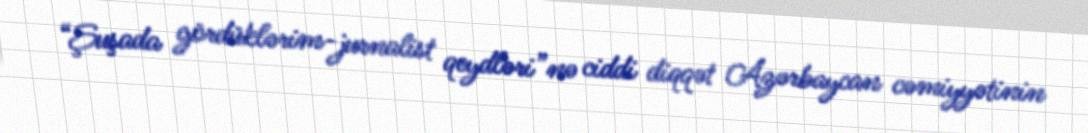
“Şuşada gördüklərim-jurnalist qeydləri”nə ciddi diqqət Azərbaycan cəmiyyətinin